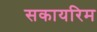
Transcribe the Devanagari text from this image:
सकायरिम